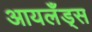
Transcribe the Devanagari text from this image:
आयलँड्स